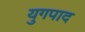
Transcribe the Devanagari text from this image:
युगपाद